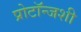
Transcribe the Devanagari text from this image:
प्रोटॉन्जशी